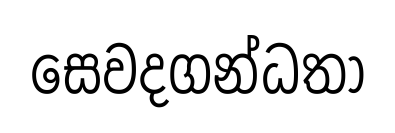
සෙවදගන්ධතා